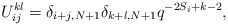
\begin{align*}U_{ij}^{kl} = \delta_{i+j,N+1}\delta_{k+l,N+1} q^{-2S_i+k-2},\end{align*}